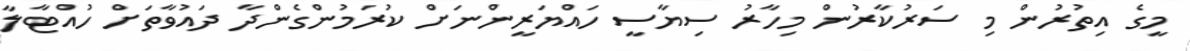
މީގެ އިތުރުން މި ސަރުކާރުން މިހާރު ސިޔާސީ ހައްޔަރީންނަށް ކުރަމުންގެންދާ ދައުވާތަށް ހުއްޓާލާ